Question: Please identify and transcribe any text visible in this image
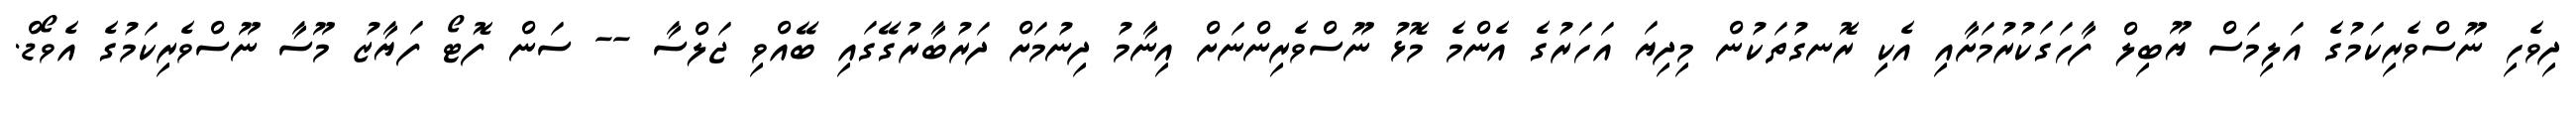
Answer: ދިވެހި ނޫސްވެރިކަމުގެ އަލިމަސް ޔޫބިލް ފާހަގަކުރުމަށާއި އެކި ރޮނގުތަކުން މިދިޔަ އަހަރުގެ އެންމެ މޮޅު ނޫސްވެރިންނަށް އިނާމު ދިނުމަށް ދަރުބާރުގޭގައި ބޭއްވި ޖަލްސާ -- ސަން ފޮޓޯ ފަޔާޒު މޫސާ ނޫސްވެރިކަމުގެ އެވޯޑް.